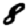
Digit: 8